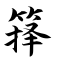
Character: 箨